Scottish Leaving Certificate Examination, 1954
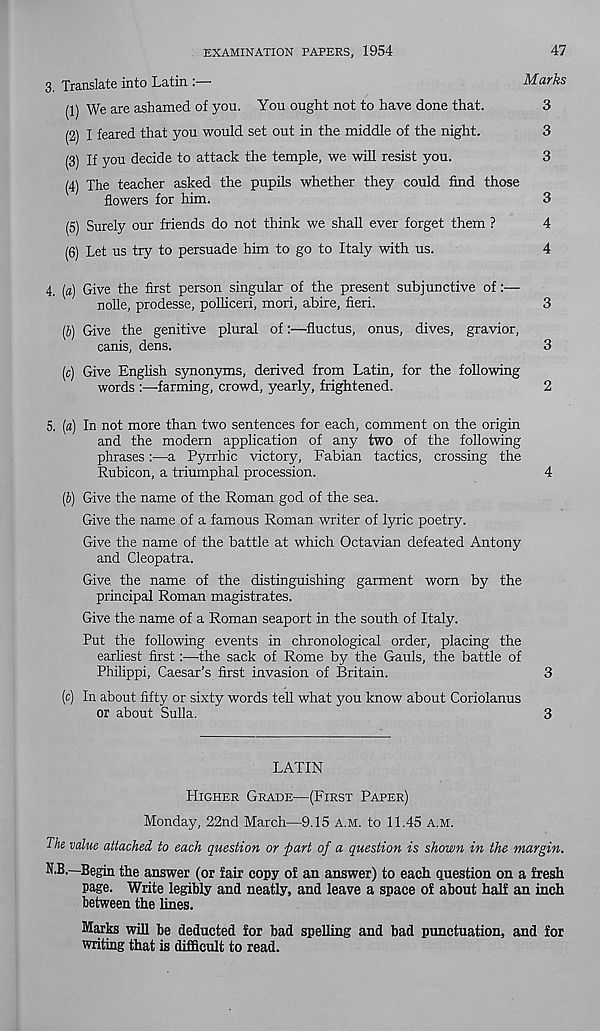
EXAMINATION PAPERS, 1954
47
3. Translate into Latin :—
Marks
(1) We are ashamed of you. You ought not to have done that.
3
(2) I feared that you would set out in the middle of the night.
3
(3) If you decide to attack the temple, we will resist you.
3
(4) The teacher asked the pupils whether they could find those
flowers for him.
3
(5) Surely our friends do not think we shall ever forget them ?
4
(6) Let us try to persuade him to go to Italy with us.
4
4. [a) Give the first person singular of the present subjunctive of:—
nolle, prodesse, polliceri, mori, abire, fieri.
3
(£) Give the genitive plural of:—fluctus, onus, dives, gravior,
canis, dens.
3
(c) Give English synonyms, derived from Latin, for the following
words :—farming, crowd, yearly, frightened.
2
5. [a) In not more than two sentences for each, comment on the origin
and the modern application of any two of the following
phrasesa Pyrrhic victory, Fabian tactics, crossing the
Rubicon, a triumphal procession.
4
(J) Give the name of the Roman god of the sea.
Give the name of a famous Roman writer of lyric poetry.
Give the name of the battle at which Octavian defeated Antony
and Cleopatra.
Give the name of the distinguishing garment worn by the
principal Roman magistrates.
Give the name of a Roman seaport in the south of Italy.
Put the following events in chronological order, placing the
earliest first:—the sack of Rome by the Gauls, the battle of
Philippi, Caesar’s first invasion of Britain.
3
(c) In about fifty or sixty words tell what you know about Coriolanus
or about Sulla.
3
LATIN
PIigher Grade—(First Paper)
Monday, 22nd March—9.15 a.m. to 11.45 a.m.
The value attached to each question or part of a question is shown in the margin.
N.B.—Begin the answer (or fair copy of an answer) to each question on a fresh
page. Write legibly and neatly, and leave a space of about half an inch
between the lines.
Marks will be deducted for bad spelling and bad punctuation, and for
writing that is difficult to read.